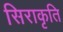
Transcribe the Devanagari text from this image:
सिराकृति